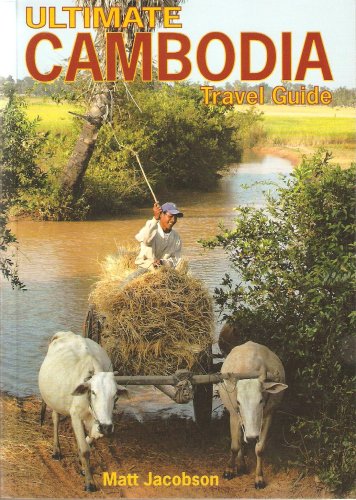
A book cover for Ultimate Cambodia Travel Guide; Matt Jacobson; Travel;